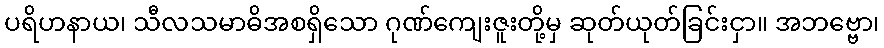
ပရိဟနာယ၊ သီလသမာဓိအစရှိသော ဂုဏ်ကျေးဇူးတို့မှ ဆုတ်ယုတ်ခြင်းငှာ။ အဘဗ္ဗော၊